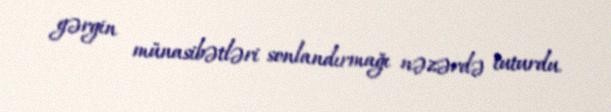
gərgin münasibətləri sonlandırmağı nəzərdə tuturdu.